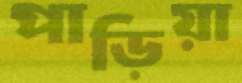
পাড়িয়া